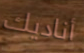
أناديك